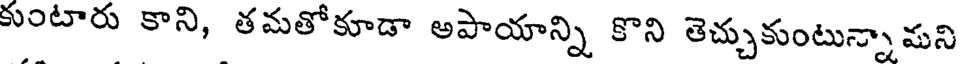
కుంటారు కాని, తమతోకూడా అపాయాన్ని కొని తెచ్చుకుంటున్నామని